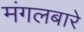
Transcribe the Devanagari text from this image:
मंगलबारे